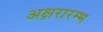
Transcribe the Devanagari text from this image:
अक्षरारम्भ